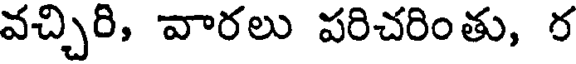
వచ్చిరి, వారలు పరిచరింతు, ర